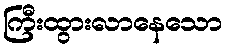
ကြီးထွားလာနေသော